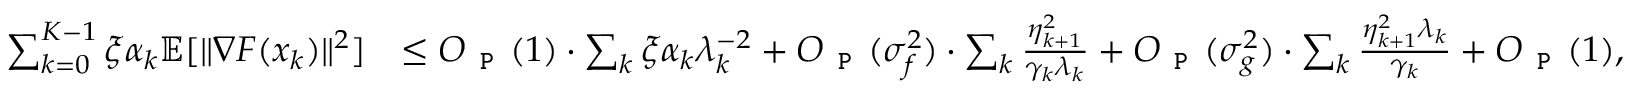
\begin{array} { r l } { \sum _ { k = 0 } ^ { K - 1 } \xi \alpha _ { k } \mathbb { E } [ \| \nabla F ( x _ { k } ) \| ^ { 2 } ] } & { \le O _ { \texttt { P } } ( 1 ) \cdot \sum _ { k } \xi \alpha _ { k } \lambda _ { k } ^ { - 2 } + O _ { \texttt { P } } ( \sigma _ { f } ^ { 2 } ) \cdot \sum _ { k } \frac { \eta _ { k + 1 } ^ { 2 } } { \gamma _ { k } \lambda _ { k } } + O _ { \texttt { P } } ( \sigma _ { g } ^ { 2 } ) \cdot \sum _ { k } \frac { \eta _ { k + 1 } ^ { 2 } \lambda _ { k } } { \gamma _ { k } } + O _ { \texttt { P } } ( 1 ) , } \end{array}